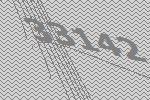
33142